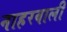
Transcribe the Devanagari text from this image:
नाहरवाली